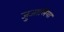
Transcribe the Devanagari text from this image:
जुजालिया